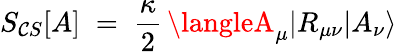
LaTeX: S_{\mathcal{C}S}[A]\; =\; \frac{{\kappa}}{{2}}\, \langleA_{\mu}|R_{\mu\nu}|A_{\nu}\rangle